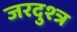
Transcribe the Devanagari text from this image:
जरदुश्त्र